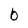
Character: b